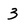
Character: 3